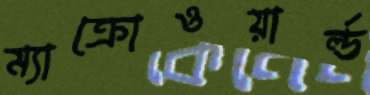
ম্যাক্রোওয়ার্ল্ড